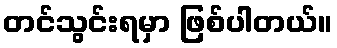
တင်သွင်းရမှာ ဖြစ်ပါတယ်။